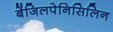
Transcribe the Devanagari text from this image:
बेंजिलपेनिसिलिन